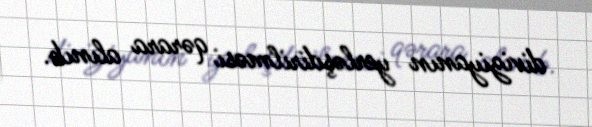
diviziyanın yerləşdirilməsi qərara alınıb.